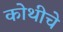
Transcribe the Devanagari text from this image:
कोथीचे